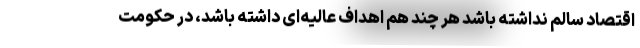
اقتصاد سالم نداشته باشد هر چند هم اهداف عالیه‌ای داشته باشد، در حکومت